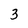
Character: 3